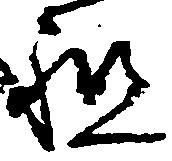
祖